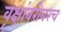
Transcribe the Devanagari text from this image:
वृक्षांबरोबरच